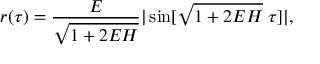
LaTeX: r ( \tau ) = \frac { E } { \sqrt { 1 + 2 E H } } | \sin [ \sqrt { 1 + 2 E H } \; \tau ] | ,